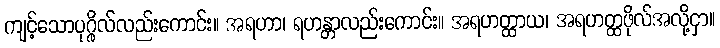
ကျင့်သောပုဂ္ဂိုလ်လည်းကောင်း။ အရဟာ၊ ရဟန္တာလည်းကောင်း။ အရဟတ္ထာယ၊ အရဟတ္ထဖိုလ်အလို့ငှာ။